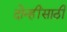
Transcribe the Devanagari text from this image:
दोन्हींसाठी